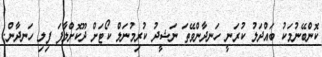
ކޮންބޭނުމަކު ބައްދަލު ކުރަނީ ހަނދާންވޭތަ ނަޝީދު ކުރިމުނަލް ކޯޓަށް ދޫކޮށްލާފަ ފިލި ހަނދާން.